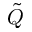
\tilde { Q }